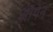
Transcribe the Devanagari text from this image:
ऑपेन